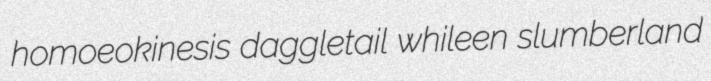
homoeokinesis daggletail whileen slumberland